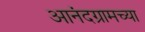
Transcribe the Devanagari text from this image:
आनंदग्रामच्या